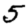
Digit: 5